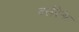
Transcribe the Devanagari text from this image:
क्लैरेनेट